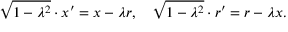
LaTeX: { \sqrt { 1 - \lambda ^ { 2 } } } \cdot x ^ { \prime } = x - \lambda r , \quad { \sqrt { 1 - \lambda ^ { 2 } } } \cdot r ^ { \prime } = r - \lambda x .